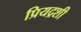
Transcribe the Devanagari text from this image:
प्रियद्रशी